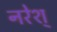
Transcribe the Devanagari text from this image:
नरेश्